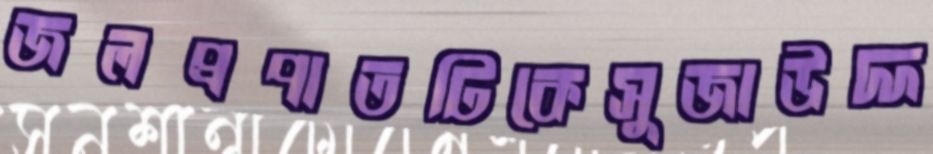
জলপ্রপাতটিকেসুজাউদ্দ